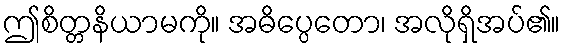
ဤစိတ္တနိယာမကို။ အဓိပ္ပေတော၊ အလိုရှိအပ်၏။